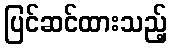
ပြင်ဆင်ထားသည့်